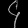
Digit: ၄